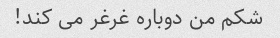
شکم من دوباره غرغر می کند!